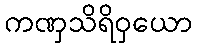
ကဏှသိရိဝှယော